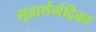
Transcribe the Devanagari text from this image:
गूढार्थमंद्रिका